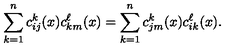
\sum _ { k = 1 } ^ { n } c _ { i j } ^ { k } ( x ) c _ { k m } ^ { \ell } ( x ) = \sum _ { k = 1 } ^ { n } c _ { j m } ^ { k } ( x ) c _ { i k } ^ { \ell } ( x ) .